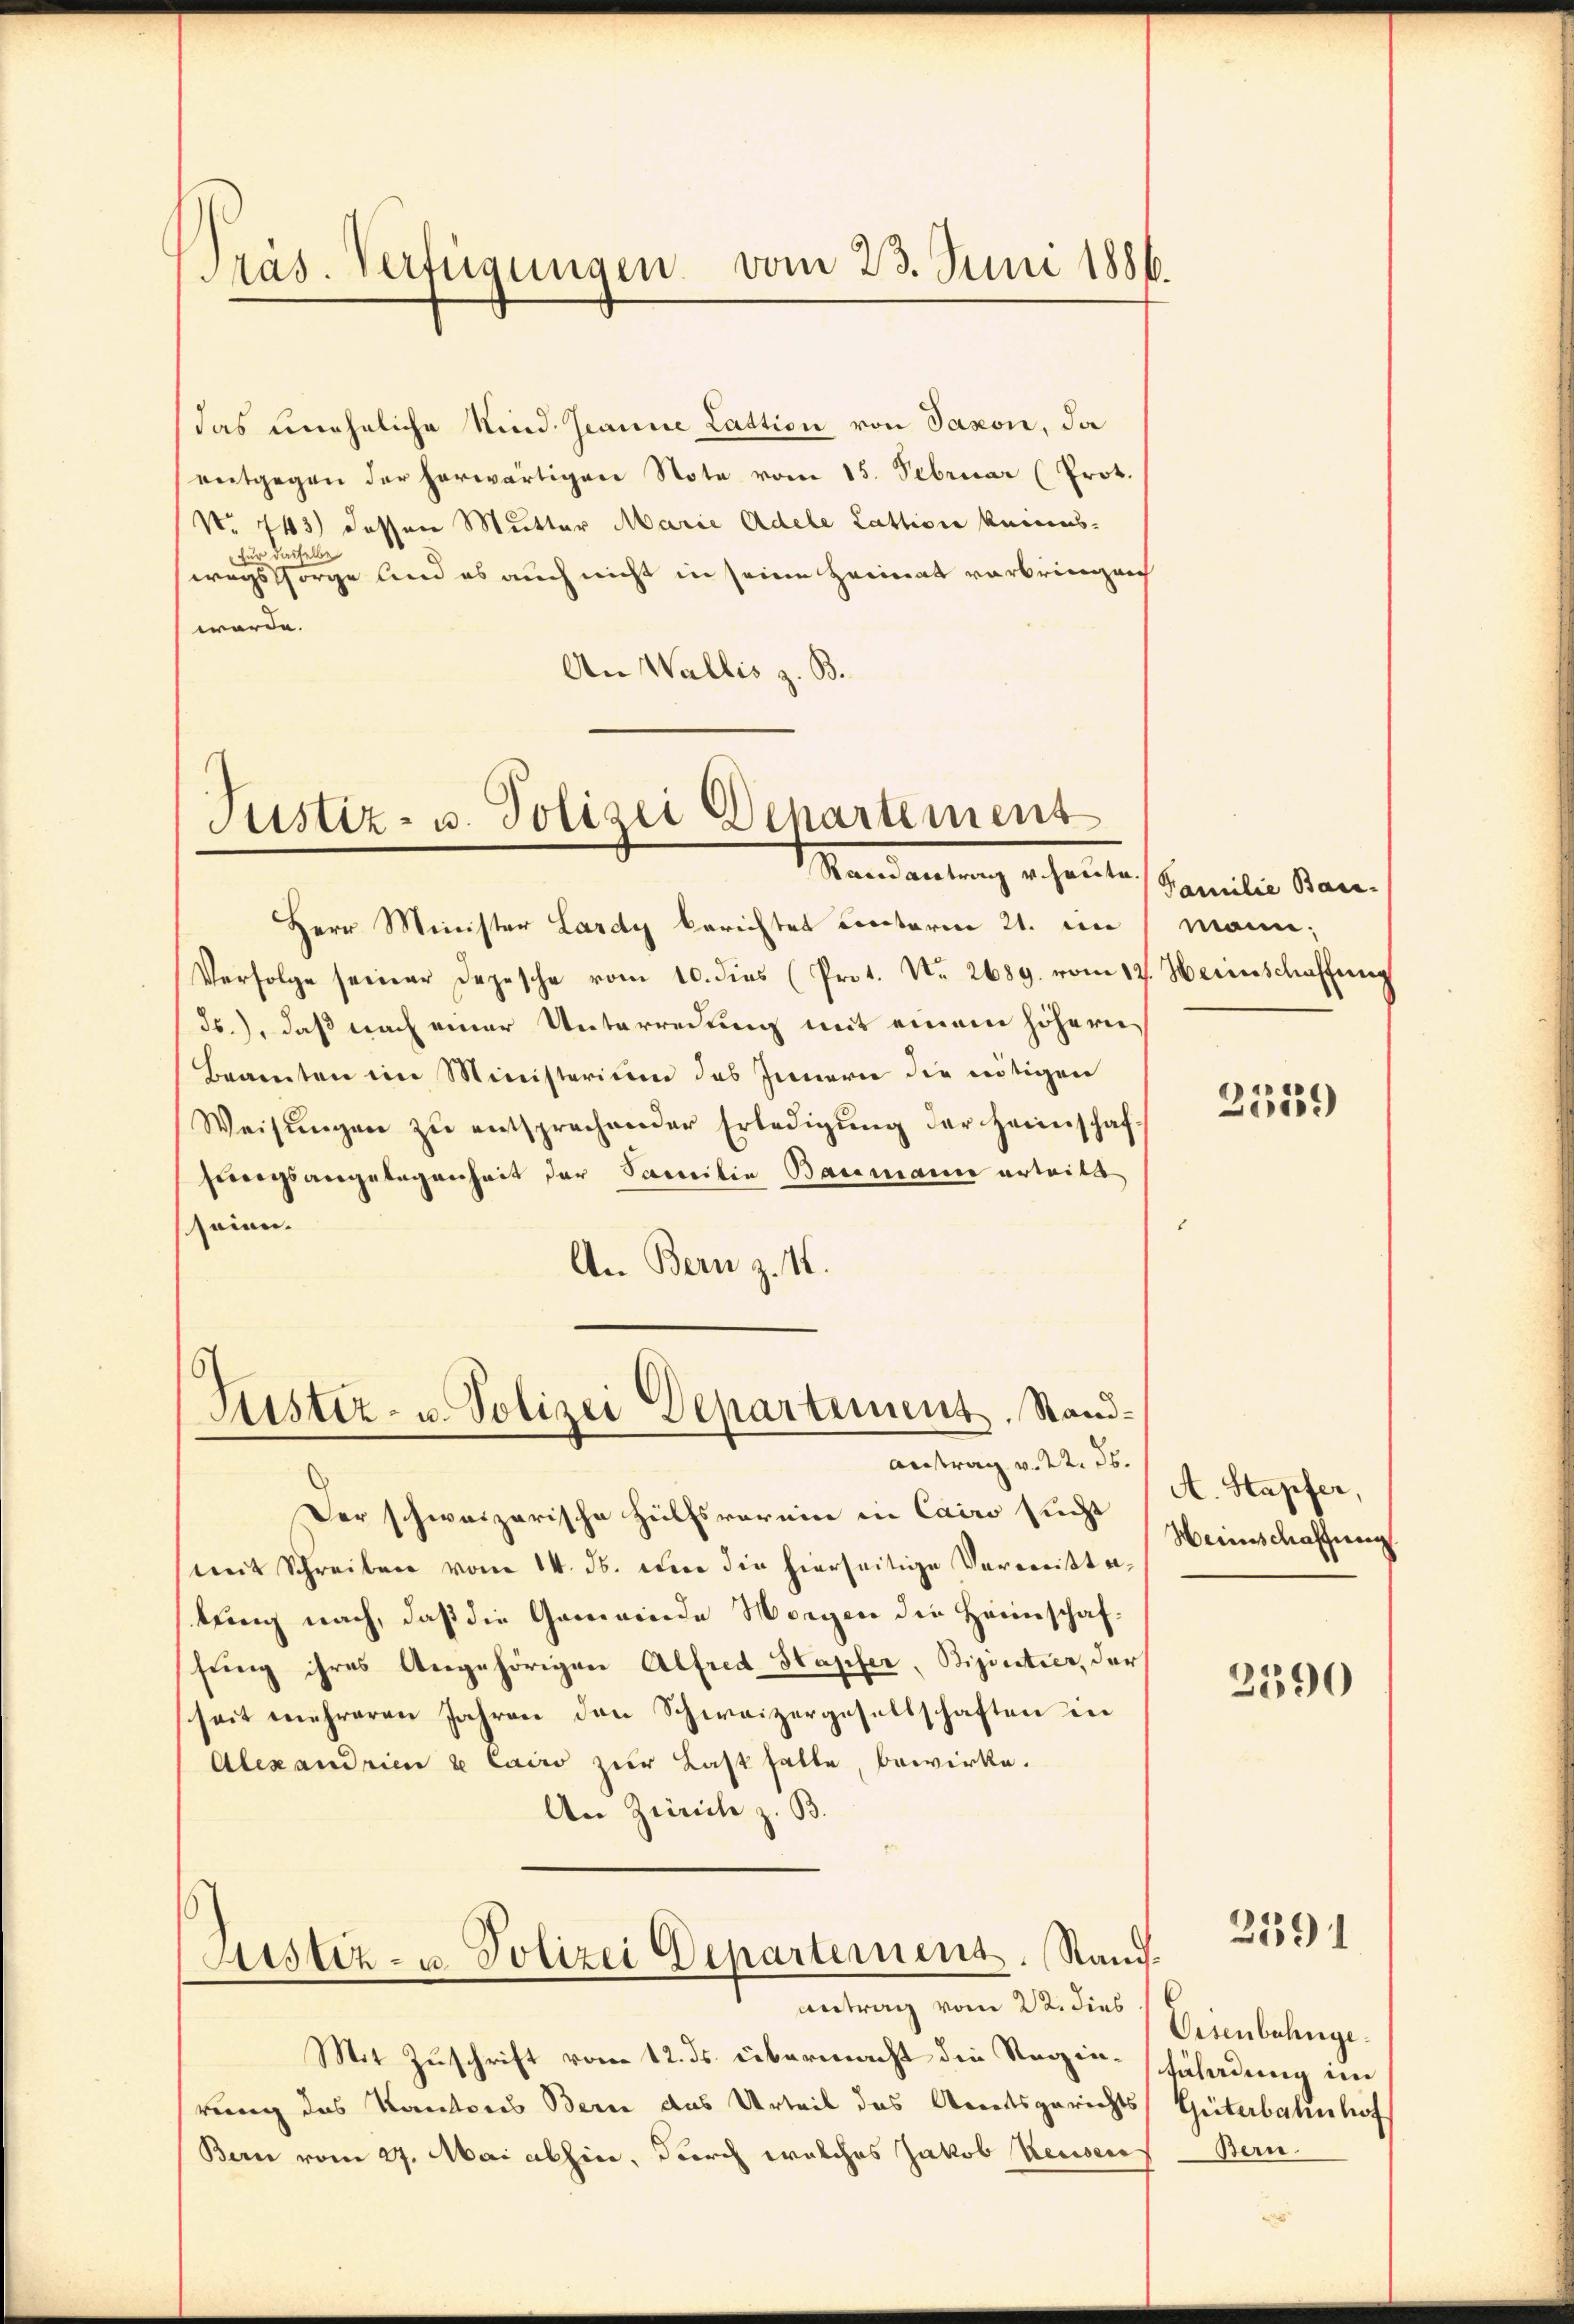
Präs. Verfügungen vom 23. Juni 1886.

das uneheliche Kind. Jeanne Lattion von Saxon, da
entgegen der herwärtigen Note vom 15. Februar (Prot.
No. 443) dessen Mutter Marie Adele Lattion keinesfür dasselbe
wegs sorge und es auch nicht in seine Heimat vorbringen
würde.
An Wallis z. B.

Justiz- u. Polizei Departement
Mandantung er seiner Familie Kan

Herr Minister Lardy berichtet Contoren 21. un
Verfolge seiner Depesche vom 10. dies (Prot. Nr. 2689. vom 12. Heinschaffung
ds.), daß nach einer Unterredung mit einem höhern
Beamten im Ministerium des Innern die nötigen
Weisŭngen zŭ entsprechender Erledigŭng der Heimschaf-
swegsangelegenheit der Samilie Baumann erteilt
seien.
An Bern z. 4.

Justiz- u. Polizei Departement. Stand¬
Antrag v. 22. ds.

Justiz- u. Polizei Departement, Rand¬
Antrag vom 22. dies

Der schweizerische Hülfsverein in Cairo sucht
mit Schreiben vom 14. ds. der die hierseitige Vermittetung nach, daß die Gemeinde Morgen die Heimschaffung ihres Angehörigen Alfred Hapfer, Bijintier, der
seit mehreren Jahren den Schweizergesellschaften in
Alexandrien 2 Cairo zur Last halte, bewirke.
An Zürich z. B.

Bern vom 27. Mai abhin, durch welches Jakob Reisen

Mit Zuschrift vom 12. ds. übermacht die Regin-Süladung im
rung des Kantons Bern das Urteil das Amtsgerichts Güterbahnhof

mann.

2359

A. Stapfer,
Weinschaffung

2390

2591

Eisenbahnge.
Bern.